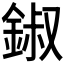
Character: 𨧷